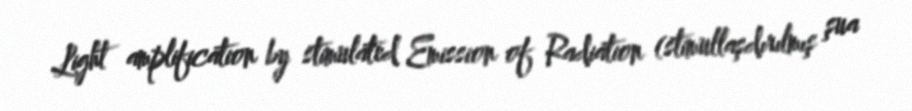
Light amplification by stimulated Emission of Radiation (stimullaşdırılmış şua